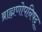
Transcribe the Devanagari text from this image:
ब्राह्मणोपनिषद्